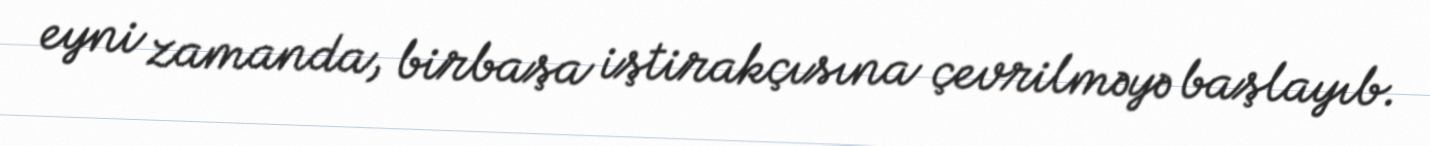
eyni zamanda, birbaşa iştirakçısına çevrilməyə başlayıb.